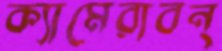
ক্যামেরাবন্